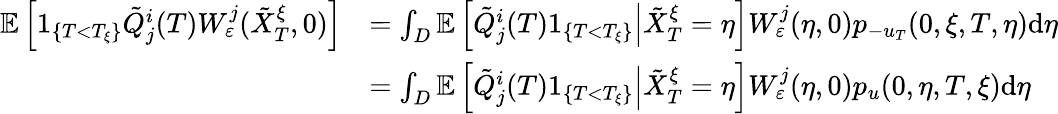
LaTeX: \begin{array}{rl}{\mathbb{E}\left[1_{\{ T<T_{\xi}\} }\tilde{Q}_{j}^{i}(T)W_{\varepsilon}^{j}(\tilde{X}_{T}^{\xi},0)\right]}&{=\int_{D}\mathbb{E}\left[\left.\tilde{Q}_{j}^{i}(T)1_{\{ T<T_{\xi}\} }\right|\tilde{X}_{T}^{\xi}=\eta\right]W_{\varepsilon}^{j}(\eta,0)p_{-u_{T}}(0,\xi,T,\eta)\textrm{d}\eta}\\ &{=\int_{D}\mathbb{E}\left[\left.\tilde{Q}_{j}^{i}(T)1_{\{ T<T_{\xi}\} }\right|\tilde{X}_{T}^{\xi}=\eta\right]W_{\varepsilon}^{j}(\eta,0)p_{u}(0,\eta,T,\xi)\textrm{d}\eta}\end{array}